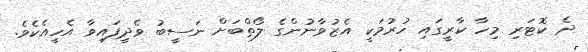
ދެ ކޮޓަރި މިހާ ކާރީގައި ހުރުމަކީ އެޒުވާނުންގެ ލޯތްބަށް ނަސީބު ވެދީފައިވާ އެހީއެކެވެ.